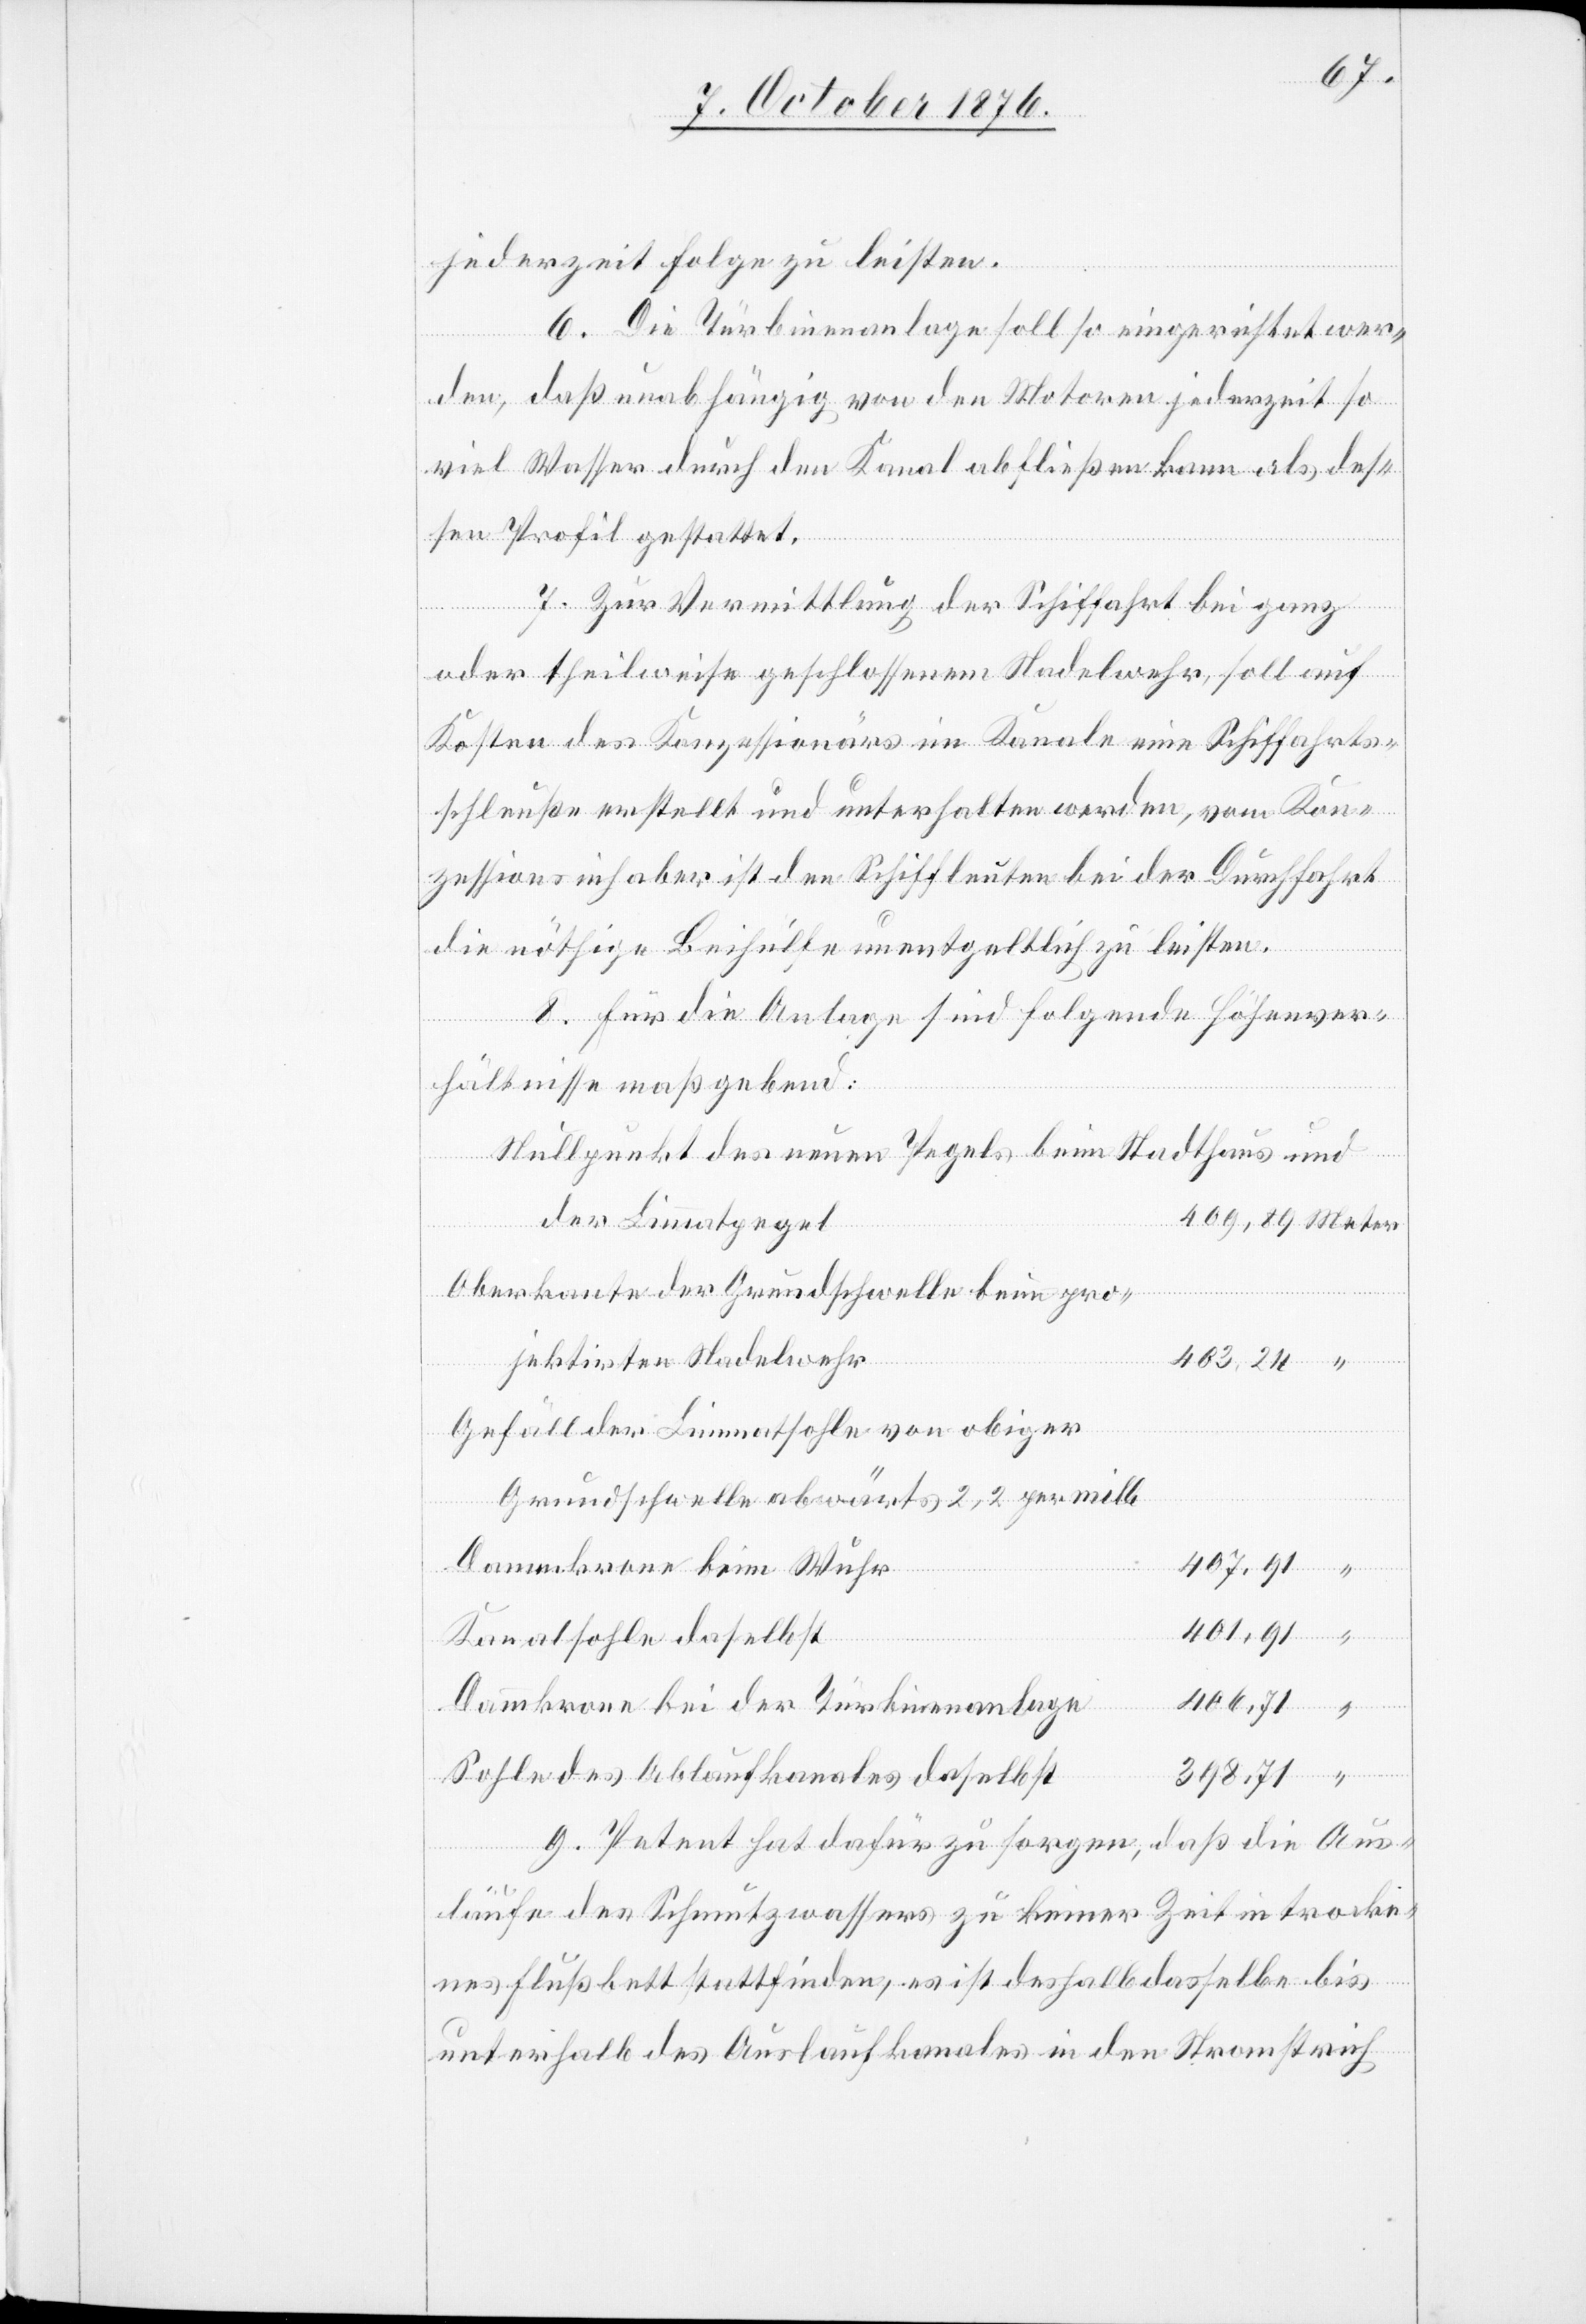
jederzeit Folge zu leisten.
6. Die Türbinenanlage soll so eingerichtet wer¬
den, daß unabhängig von den Motoren jederzeit so
viel Wasser durch den Kanal abfließen kann als des¬
sen Profil gestattet.
7. Zur Vermittlung der Schiffahrt bei ganz
oder theilweise geschlossenem Nadelwehr, soll auf
Kosten des Konzessionärs im Kanale eine Schiffahrts¬
schleuße erstellt und unterhalten werden, vom Kon¬
zessionsinhaber ist den Schiffleuten bei der Durchfahrt
die nöthige Beihülfe unentgeltlich zu leisten.
8. Für die Anlage sind folgende Höhenver¬
hältnisse maßgebend:
Nullpunkt des neuen Pegels beim Stadthaus und
der Limmatpegel
“
Oberkante der Grundschwelle beim pro¬
jektirten Nadelwehr
403,24
Gefäll der Limmatsohle von obiger
Grundschwelle abwärts 2,2 per mille
407,91
Dammkrone beim Wuhr
401,91
Kanalsohle daselbst
Dammkrone bei der Türbinenanlage
Sohle des Ablaufkanales daselbst
9. Petent hat dafür zu sorgen, daß die Aus¬
läufe des Schmutzwassers zu keiner Zeit in trocke¬
nes Flußbett stattfinden, es ist deshalb dasselbe bis
unterhalb des Auslaufkanales in den Stromstrich